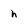
Character: h